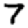
Digit: 7